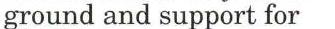
ground and support for